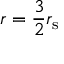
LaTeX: r = { \frac { 3 } { 2 } } r _ { \mathrm { { s } } }